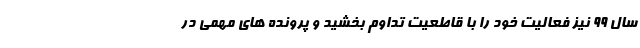
سال ۹۹ نیز فعالیت خود را با قاطعیت تداوم بخشید و پرونده های مهمی در